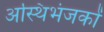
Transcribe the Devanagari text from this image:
अस्थिभंजकों